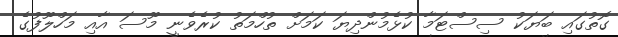
ގޮތުގައި ބަޔަކު ސިސްޓަމާ ކުޅެމުންދިޔަ ކަމަށް ތުހްމަތު ކުރެވެނީ މޫސަ އާއި މަހްލޫފުގެ